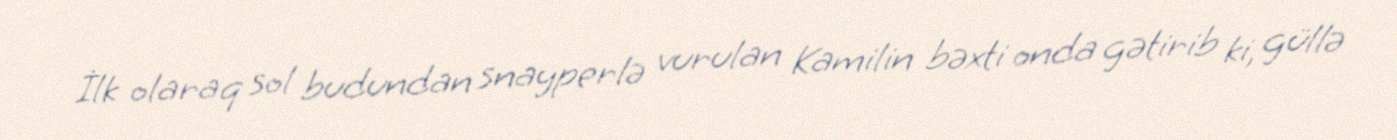
İlk olaraq sol budundan snayperlə vurulan Kamilin bəxti onda gətirib ki, güllə